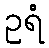
ဥရံ